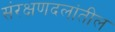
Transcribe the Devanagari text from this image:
संरक्षणदलांतील